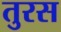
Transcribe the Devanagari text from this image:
तुरस